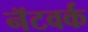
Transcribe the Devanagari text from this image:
नॅटवर्क